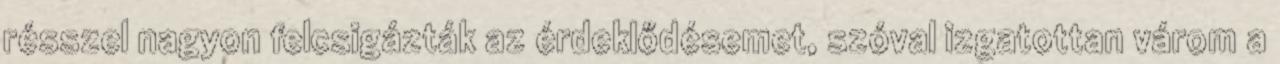
résszel nagyon felcsigázták az érdeklődésemet, szóval izgatottan várom a